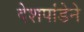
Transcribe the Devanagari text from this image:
देशपांडेने